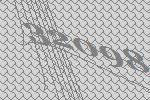
32098